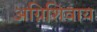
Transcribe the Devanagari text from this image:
अग्निशिवाय